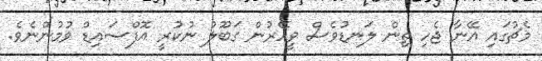
މެޗުގައި އޭނާ ޖެހި ތިން ލަނޑުވެސް ވީއޭރުން ގަބޫލު ނުކުރީ އޮފްސައިޑް ވުމުންނެވެ.